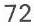
72